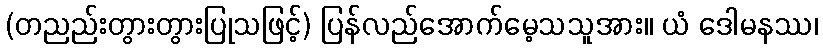
(တညည်းတွားတွားပြုသဖြင့်) ပြန်လည်အောက်မေ့သသူအား။ ယံ ဒေါမနဿ၊